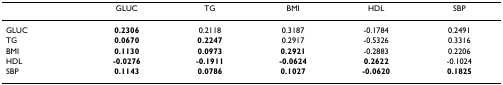
|  | GLUC | TG | BMI | HDL | SBP |
 | --- | --- | --- | --- | --- | --- |
 | GLUC | 0.2306 | 0.2118 | 0.3187 | -0.1784 | 0.2491 |
 | TG | 0.0670 | 0.2247 | 0.2917 | -0.5326 | 0.3316 |
 | BMI | 0.1130 | 0.0973 | 0.2921 | -0.2883 | 0.2206 |
 | HDL | -0.0276 | -0.1911 | -0.0624 | 0.2622 | -0.1024 |
 | SBP | 0.1143 | 0.0786 | 0.1027 | -0.0620 | 0.1825 |